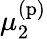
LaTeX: \mu_{2}^{\mathrm{(p)}}